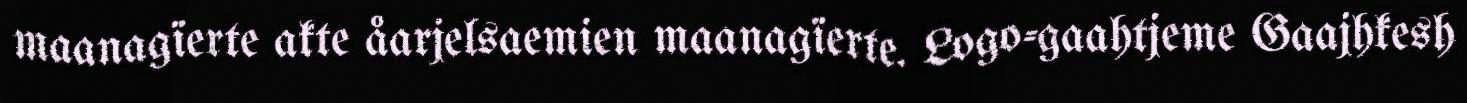
maanagïerte akte åarjelsaemien maanagïerte. Logo-gaahtjeme Gaajhkesh